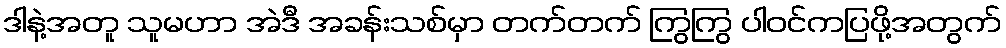
ဒါနဲ့အတူ သူမဟာ အဲဒီ အခန်းသစ်မှာ တက်တက် ကြွကြွ ပါဝင်ကပြဖို့အတွက်